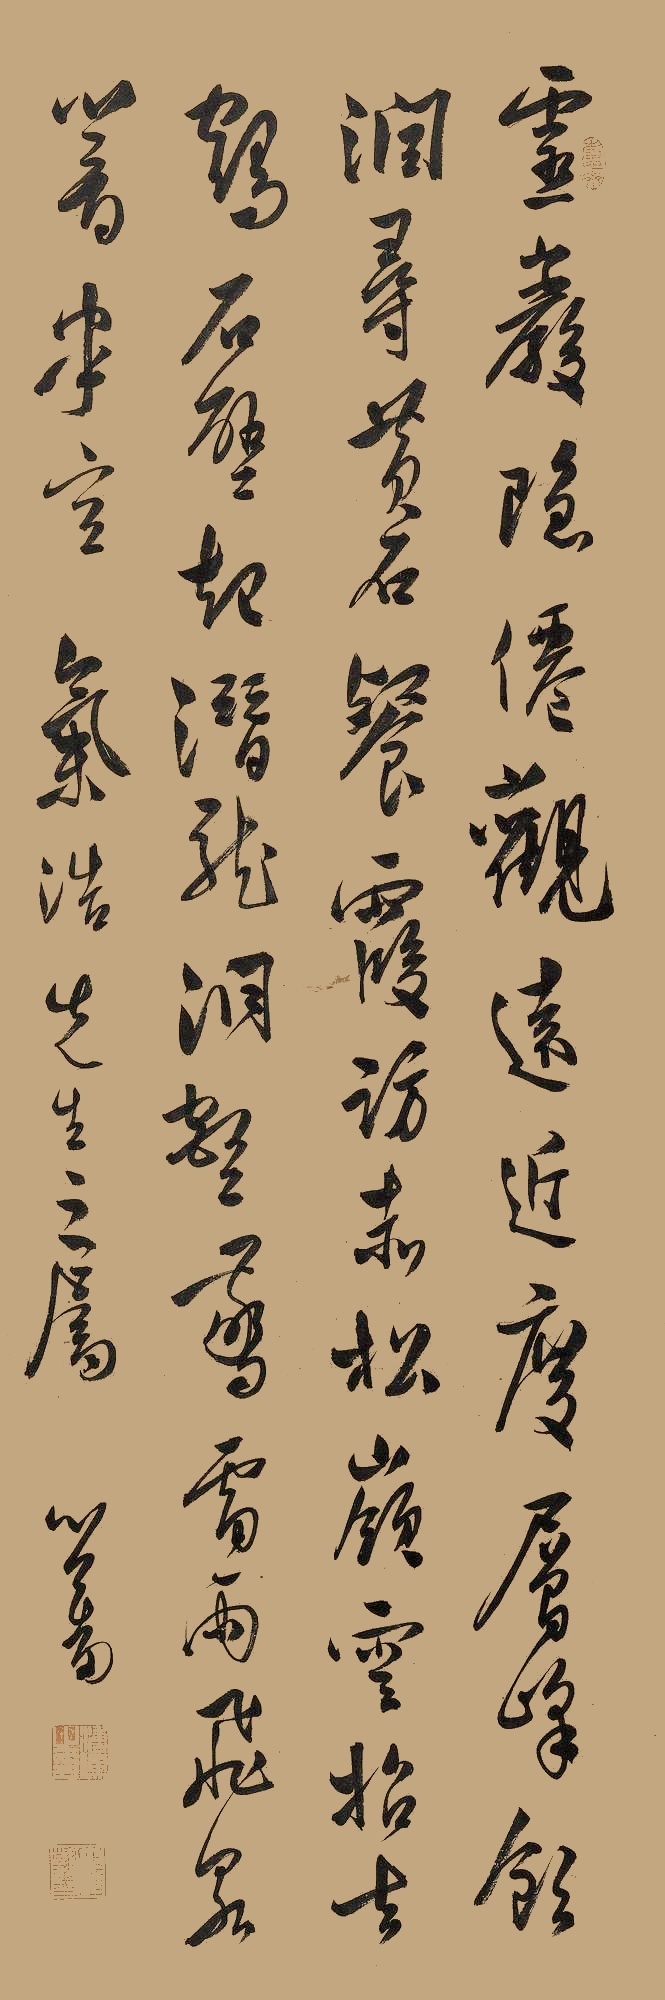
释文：灵岩隐仙观，远近度层峰。饮润寻黄石，餐霞访赤松。岭云招去鹤，石壁起潜龙。洞壑惊雷雨，飞泉响半空。气浩先生之属。心畬。